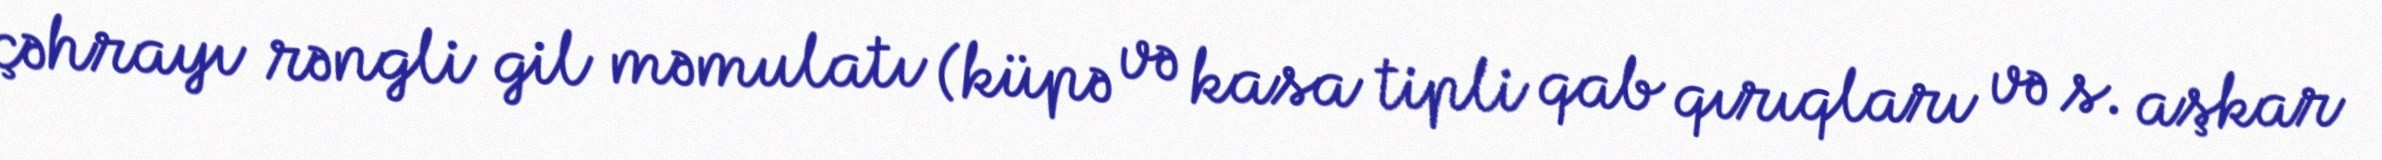
çəhrayı rəngli gil məmulatı (küpə və kasa tipli qab qırıqları və s. aşkar